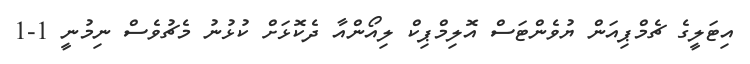
އިޓަލީގެ ޗެމްޕިއަން ޔުވެންޓަސް އޮލިމްޕިކް ލިއޯންއާ ދެކޮޅަށް ކުޅުނު މެޗުވެސް ނިމުނީ 1-1